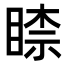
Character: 𥈡